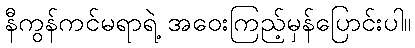
နီကွန်ကင်မရာရဲ့ အဝေးကြည့်မှန်ပြောင်းပါ။